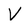
Character: V